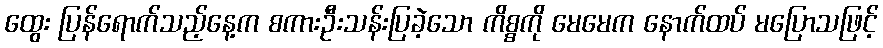
ထွေး ပြန်ရောက်သည့်နေ့က စကားဦးသန်းပြခဲ့သော ကိစ္စကို မေမေက နောက်ထပ် မပြောသဖြင့်